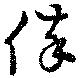
倅